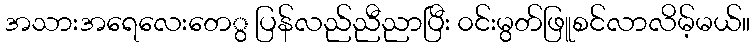
အသားအရေလေးတေွ ပြန်လည်ညီညာပြီး ၀င်းမွတ်ဖြူစင်လာလိမ့်မယ်။